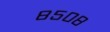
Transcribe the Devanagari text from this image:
८५०८